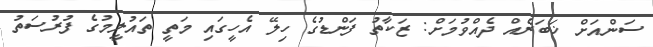
ސަންއަށް ޚަބަރެއް ދެއްވުމަށް: ޒަކާތު ފަންޑުގެ ހިލޭ އެހީގައި މަތީ ތައުލީމުގެ ފުރުސަތު